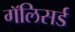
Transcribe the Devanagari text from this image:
गॅलिसर्ड